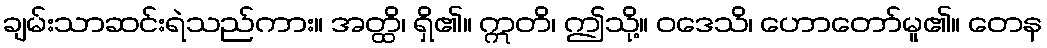
ချမ်းသာဆင်းရဲသည်ကား။ အတ္ထိ၊ ရှိ၏။ ဣတိ၊ ဤသို့။ ဝဒေသိ၊ ဟောတော်မူ၏။ တေန